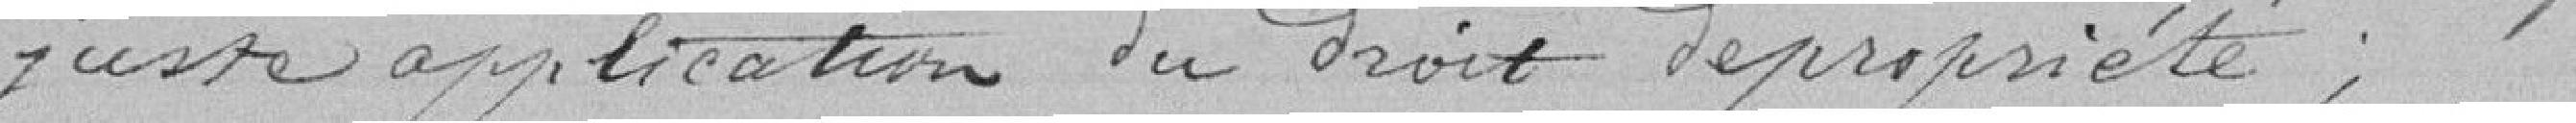
juste application du droit de propriété;